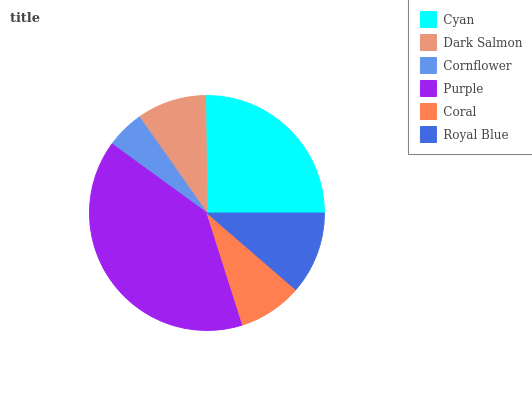
| Cyan | Dark Salmon | Cornflower | Purple | Coral | Royal Blue |
 | --- | --- | --- | --- | --- | --- |
 | 25.2% | 9.57% | 5.24% | 40% | 8.76% | 11.3% |